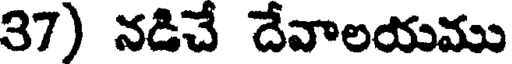
37) నడిచే దేవాలయము